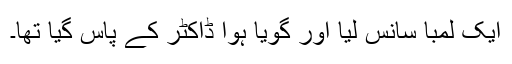
ایک لمبا سانس لیا اور گویا ہوا ڈاکٹر کے پاس گیا تھا۔